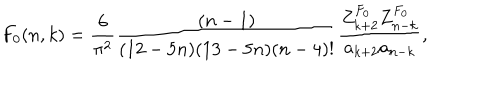
LaTeX: F _ { 0 } ( n , k ) = { \frac { 6 } { \pi ^ { 2 } } } { \frac { ( n - 1 ) } { ( 1 2 - 5 n ) ( 1 3 - 5 n ) ( n - 4 ) ! } } { \frac { Z _ { k + 2 } ^ { F _ { 0 } } Z _ { n - k } ^ { F _ { 0 } } } { a _ { k + 2 } a _ { n - k } } } ,